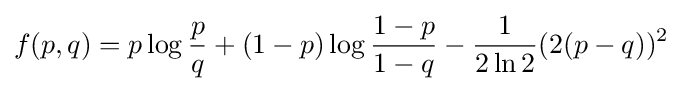
f(p,q)=p\log {\frac {p}{q}}+(1-p)\log {\frac {1-p}{1-q}}-{\frac {1}{2\ln 2}}(2(p-q))^{2}